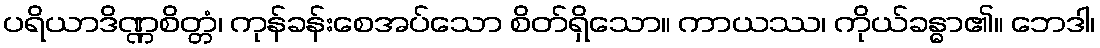
ပရိယာဒိဏ္ဏစိတ္တံ၊ ကုန်ခန်းစေအပ်သော စိတ်ရှိသော။ ကာယဿ၊ ကိုယ်ခန္ဓာ၏။ ဘေဒါ၊